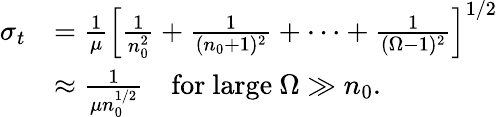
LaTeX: \begin{array}{rl}{\sigma_{t}}&{=\frac{1}{\mu}\left[\frac{1}{n_{0}^{2}}+\frac{1}{(n_{0}+1)^{2}}+\cdots+\frac{1}{(\Omega-1)^{2}}\right]^{1/2}}\\ &{\approx\frac{1}{\mu n_{0}^{1/2}}\quad\mathrm{for~large~}\Omega\gg n_{0}.}\end{array}